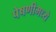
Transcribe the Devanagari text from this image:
पेषणीमध्ये